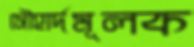
সৌহার্দমূলক